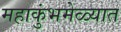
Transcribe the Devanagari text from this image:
महाकुंभमेळ्यात